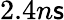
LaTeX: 2.4n\mathsf{s}